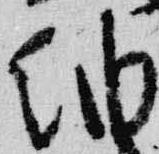
納